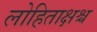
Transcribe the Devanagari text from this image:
लोहिताक्षश्च